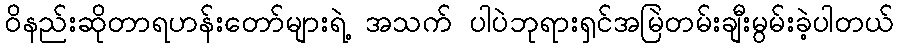
ဝိနည်းဆိုတာရဟန်းတော်များရဲ့ အသက် ပါပဲဘုရားရှင်အမြဲတမ်းချီးမွမ်းခဲ့ပါတယ်